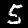
Label: 5